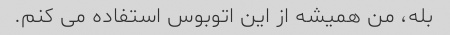
بله، من همیشه از این اتوبوس استفاده می کنم.